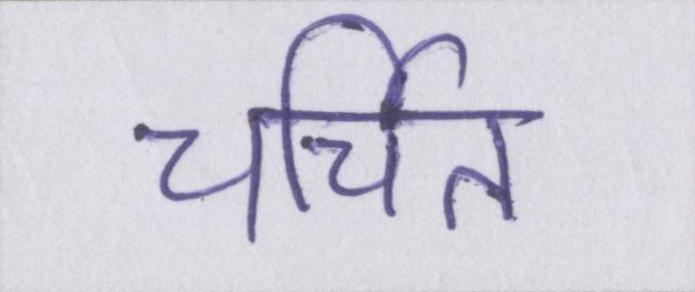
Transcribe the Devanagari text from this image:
चर्चित